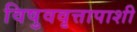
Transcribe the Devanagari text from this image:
विषुववृत्तापाशी